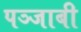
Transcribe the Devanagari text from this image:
पञ्जाबी